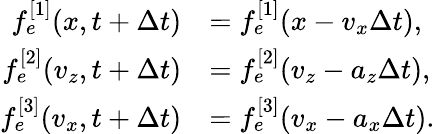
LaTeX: \begin{array}{rl}{f_{e}^{[1]}(x,t+\Delta t)}&{=f_{e}^{[1]}(x-v_{x}\Delta t),}\\ {f_{e}^{[2]}(v_{z},t+\Delta t)}&{=f_{e}^{[2]}(v_{z}-a_{z}\Delta t),}\\ {f_{e}^{[3]}(v_{x},t+\Delta t)}&{=f_{e}^{[3]}(v_{x}-a_{x}\Delta t).}\end{array}